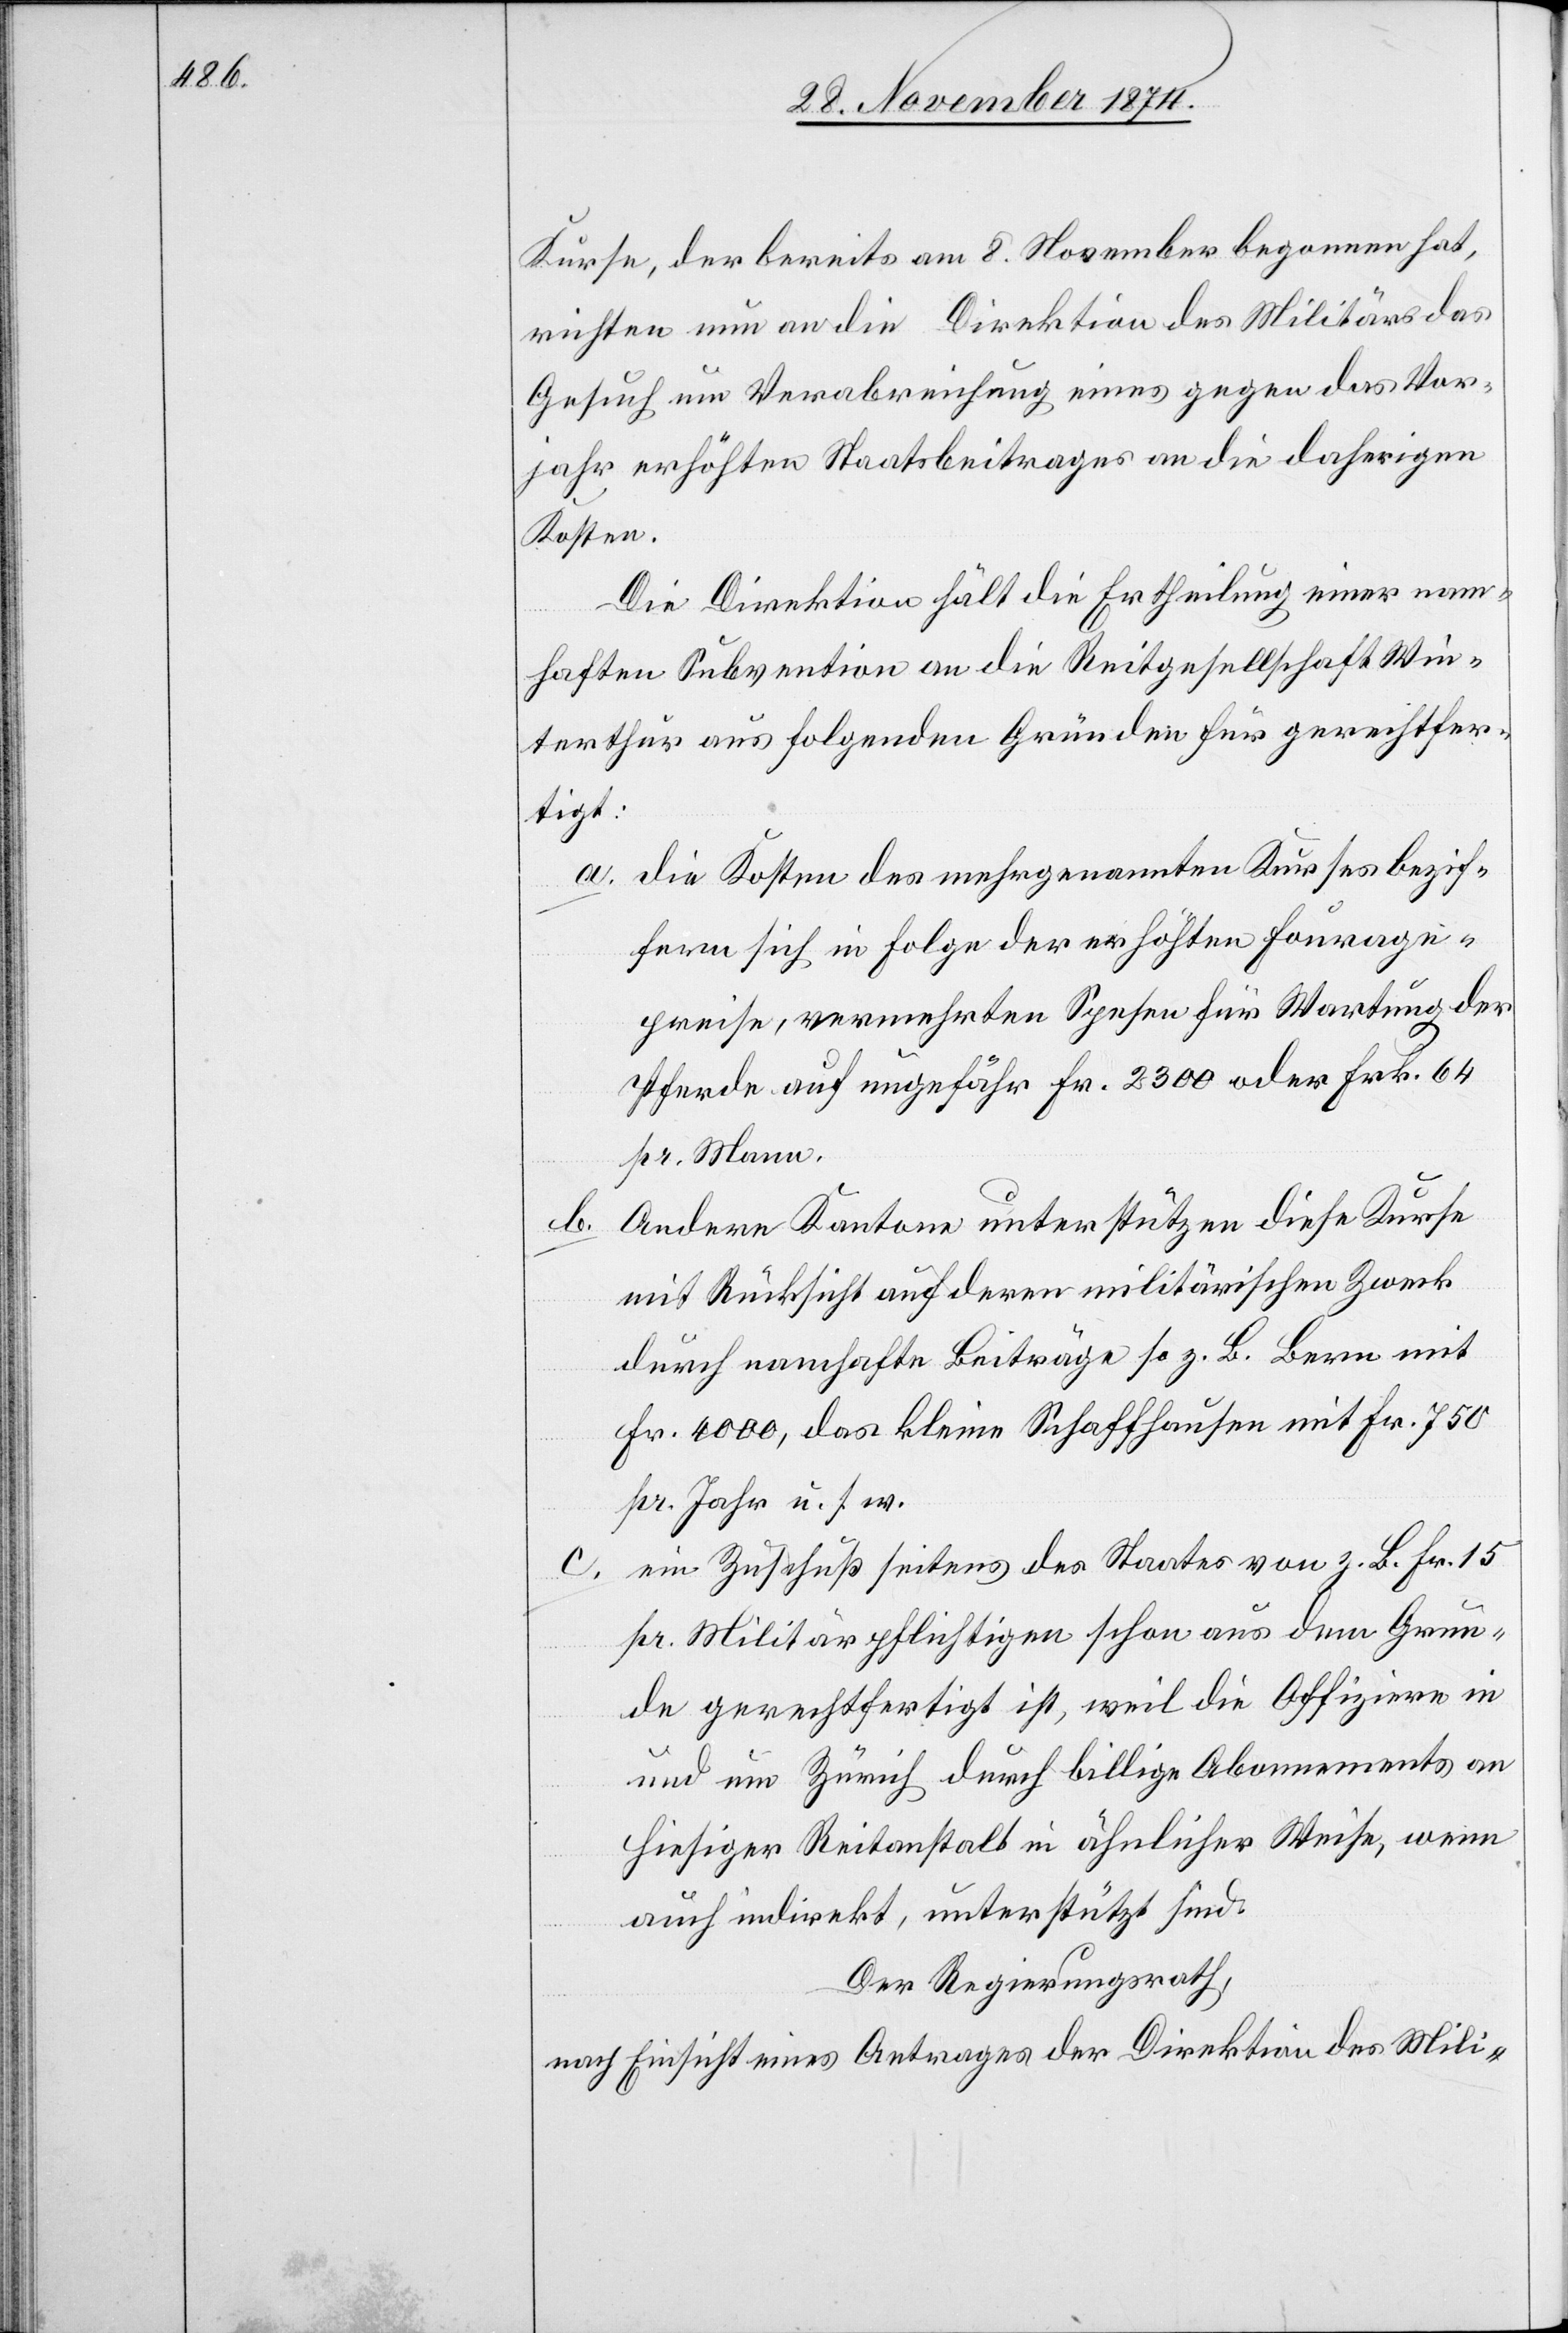
Kurse, der bereits am 8. November begonnen hat,
richten nun an die Direktion des Militärs das
Gesuch um Verabreichung eines gegen das Vor¬
jahr erhöhten Staatsbeitrages an die daherigen
Kosten.
Die Direktion hält die Ertheilung einer nam¬
haften Subvention an die Reitgesellschaft Win¬
terthur aus folgenden Gründen für gerechtfer¬
tigt:
a. die Kosten des mehrgenannten Kurses bezif¬
fern sich in Folge der erhöhten Fourage¬
preise, vermehrten Spesen für Wartung der
Pferde auf ungefähr Fr. 2300 oder Frk. 64
pr. Mann.
Andere Kantone unterstützen die Kurse
b.
mit Rücksicht auf deren militärischen Zweck
durch namhafte Beiträge so z. B. Bern mit
Fr. 4000, das kleine Schaffhausen mit Fr. 750
pr. Jahr u. s. w.
ein Zuschuß seitens des Staates von z. B. Fr. 15
c.
pr. Militärpflichtigen schon aus dem Grun¬
de gerechtfertigt ist, weil die Offiziere in
und um Zürich durch billige Abonnements an
hiesiger Reitanstalt in ähnlicher Weise, wenn
auch indirekt, unterstützt sind.
Der Regierungsrath,
nach Einsicht eines Antrages der Direktion des Mili-